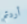
أردتم